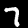
Label: 7